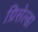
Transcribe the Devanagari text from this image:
ग्रिसेल्डा